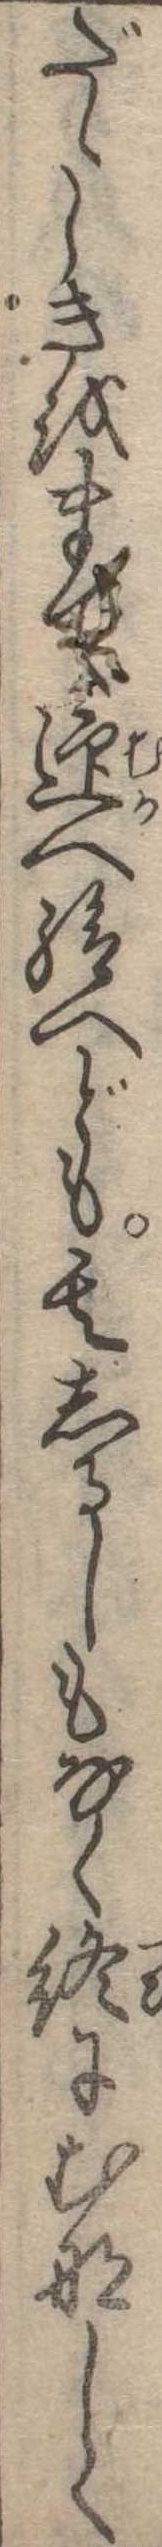
だゝしきまで迎へ給へども其しるしもなく終にむなしく